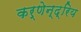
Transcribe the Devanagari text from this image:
कर्णेन्द्रिय